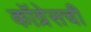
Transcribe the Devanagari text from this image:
कॉग्रेसची